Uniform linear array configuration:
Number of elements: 32
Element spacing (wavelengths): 0.5
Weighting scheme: binomial
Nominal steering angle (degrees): -30
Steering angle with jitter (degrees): -29.652
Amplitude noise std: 0.05
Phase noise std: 0.05

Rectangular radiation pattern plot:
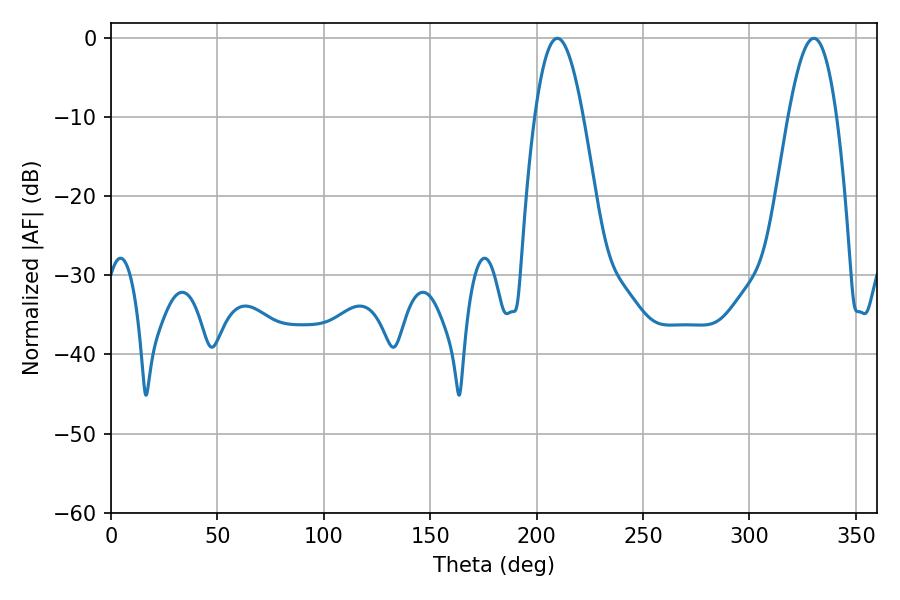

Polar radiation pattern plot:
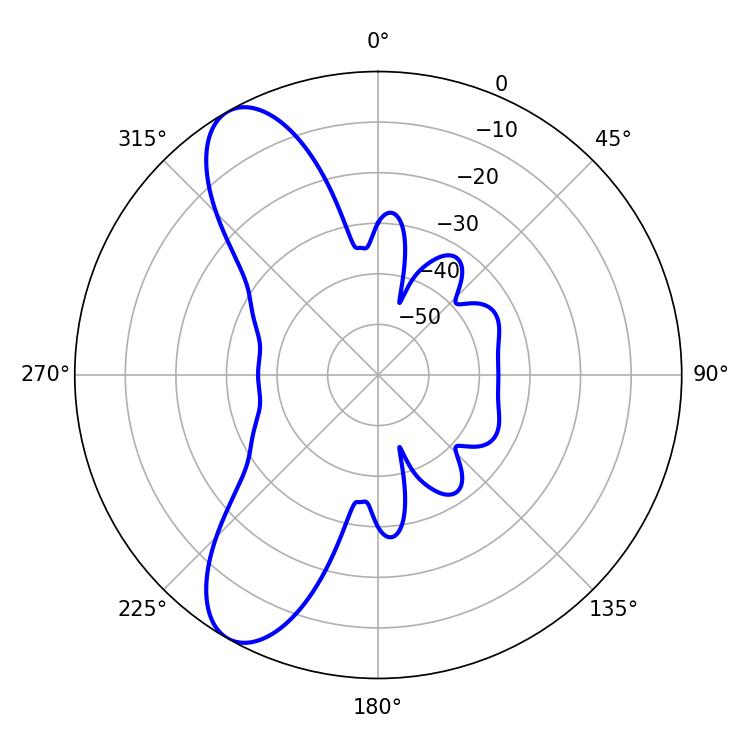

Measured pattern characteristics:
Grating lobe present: FALSE
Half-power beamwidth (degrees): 12.42
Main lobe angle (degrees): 330.3